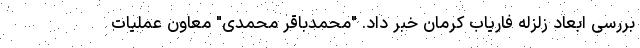
بررسی ابعاد زلزله فاریاب کرمان خبر داد. "محمدباقر محمدی" معاون عملیات